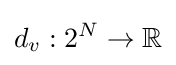
d_{v}:2^{N}\to \mathbb {R}